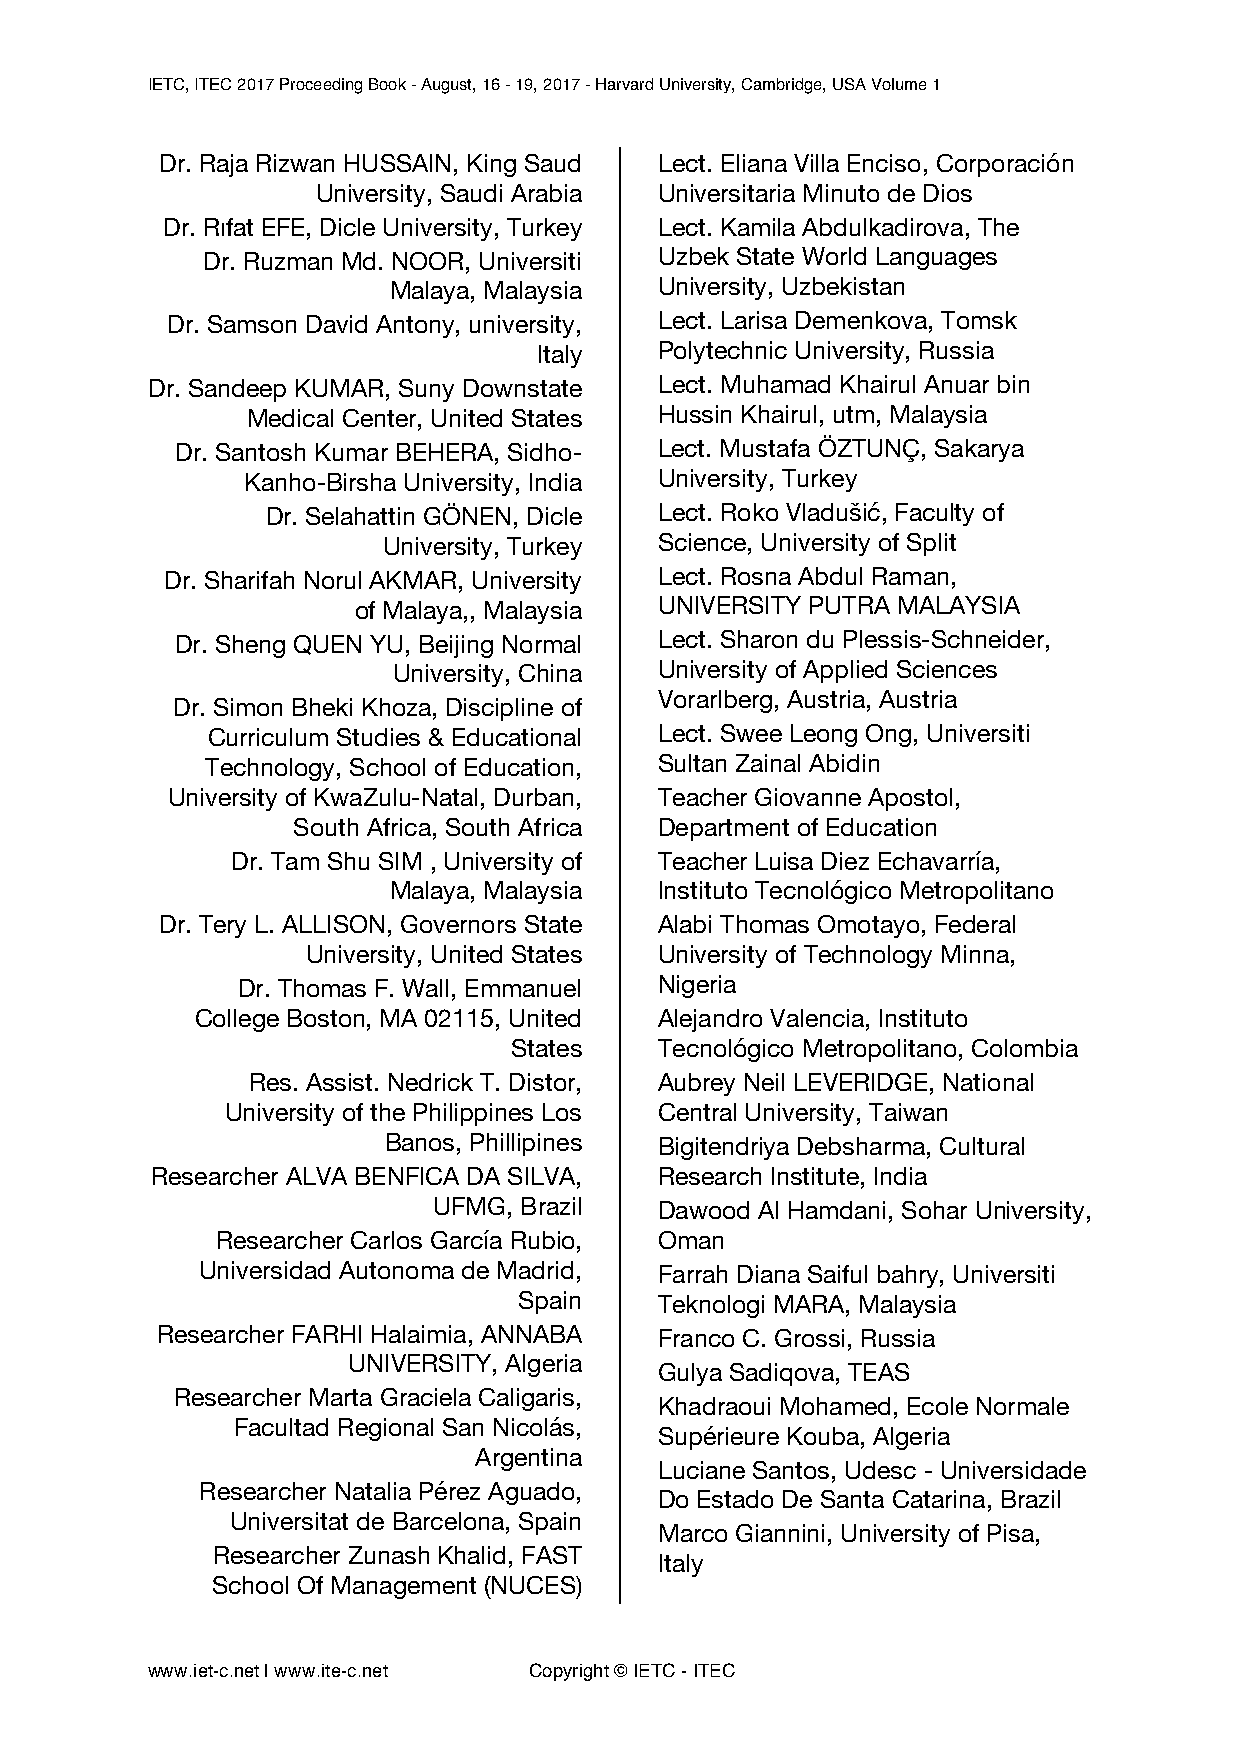
IETC, ITEC 2017 Proceeding Book - August, 16 - 19, 2017 - Harvard University, Cambridge, USA Volume 1
 Dr. Raja Rizwan HUSSAIN, King Saud Lect. Eliana Villa Enciso, Corporación
 University, Saudi Arabia Universitaria Minuto de Dios
 Dr. Rıfat EFE, Dicle University, Turkey Lect. Kamila Abdulkadirova, The
 Dr. Ruzman Md. NOOR, Universiti Uzbek State World Languages
 Malaya, Malaysia  University, Uzbekistan
 Dr. Samson David Antony, university, Lect. Larisa Demenkova, Tomsk
 Italy   Polytechnic University, Russia
 Dr. Sandeep KUMAR, Suny Downstate Lect. Muhamad Khairul Anuar bin
 Medical Center, United States Hussin Khairul, utm, Malaysia
 Dr. Santosh Kumar BEHERA, Sidho- Lect. Mustafa ÖZTUNÇ, Sakarya
 Kanho-Birsha University, India University, Turkey
 Dr. Selahattin GÖNEN, Dicle Lect. Roko Vladušić, Faculty of
 University, Turkey Science, University of Split
 Dr. Sharifah Norul AKMAR, University Lect. Rosna Abdul Raman,
 of Malaya,, Malaysia UNIVERSITY PUTRA MALAYSIA
 Dr. Sheng QUEN YU, Beijing Normal Lect. Sharon du Plessis-Schneider,
 University, China University of Applied Sciences
 Vorarlberg, Austria, Austria
 Dr. Simon Bheki Khoza, Discipline of
 Curriculum Studies & Educational Lect. Swee Leong Ong, Universiti
 Technology, School of Education, Sultan Zainal Abidin
 University of KwaZulu-Natal, Durban, Teacher Giovanne Apostol,
 South Africa, South Africa Department of Education
 Dr. Tam Shu SIM , University of Teacher Luisa Diez Echavarría,
 Malaya, Malaysia  Instituto Tecnológico Metropolitano
 Dr. Tery L. ALLISON, Governors State Alabi Thomas Omotayo, Federal
 University, United States University of Technology Minna,
 Dr. Thomas F. Wall, Emmanuel Nigeria
 College Boston, MA 02115, United Alejandro Valencia, Instituto
 States    Tecnológico Metropolitano, Colombia
 Res. Assist. Nedrick T. Distor, Aubrey Neil LEVERIDGE, National
 University of the Philippines Los Central University, Taiwan
 Banos, Phillipines Bigitendriya Debsharma, Cultural
 Researcher ALVA BENFICA DA SILVA, Research Institute, India
 UFMG, Brazil   Dawood Al Hamdani, Sohar University,
 Researcher Carlos García Rubio, Oman
 Universidad Autonoma de Madrid, Farrah Diana Saiful bahry, Universiti
 Spain     Teknologi MARA, Malaysia
 Researcher FARHI Halaimia, ANNABA Franco C. Grossi, Russia
 UNIVERSITY, Algeria
 Gulya Sadiqova, TEAS
 Researcher Marta Graciela Caligaris,
 Khadraoui Mohamed, Ecole Normale
 Facultad Regional San Nicolás,
 Supérieure Kouba, Algeria
 Argentina
 Luciane Santos, Udesc - Universidade
 Researcher Natalia Pérez Aguado,
 Do Estado De Santa Catarina, Brazil
 Universitat de Barcelona, Spain
 Marco Giannini, University of Pisa,
 Researcher Zunash Khalid, FAST
 Italy
 School Of Management (NUCES)
 www.iet-c.net | www.ite-c.net Copyright © IETC - ITEC